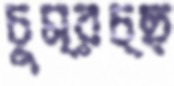
চুম্‌রচ্ছ